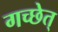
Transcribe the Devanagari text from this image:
गच्छेत्